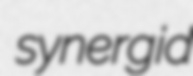
synergid